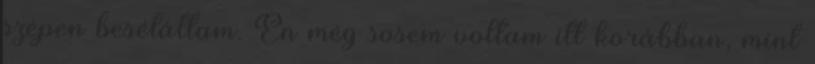
szépen besétáltam. Én még sosem voltam itt korábban, mint